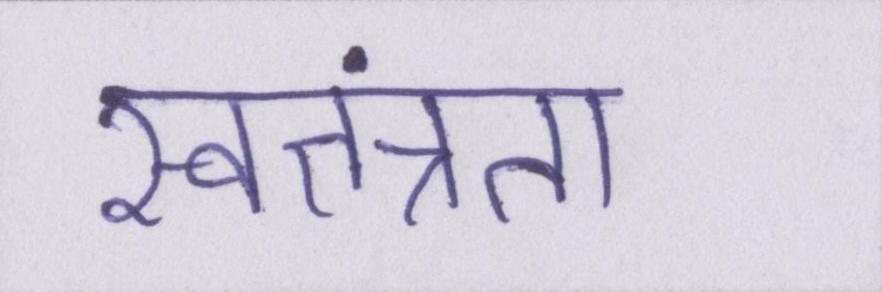
स्वतत्रता